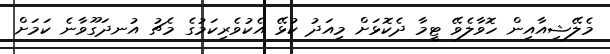
މެލޭޝިއާއިން ހޮވާލެވޭ ޓީމާ ދެކޮޅަށް މިއަދު ކުޅޭ އެކުވެރިކަމުގެ މެޗު އުނދަގޫވާނެ ކަމަށް